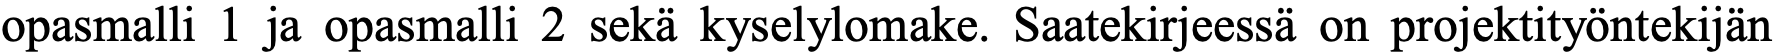
opasmalli 1 ja opasmalli 2 sekä kyselylomake. Saatekirjeessä on projektityöntekijän